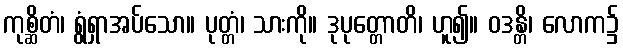
ကုစ္ဆိတံ၊ ရွံရှာအပ်သော။ ပုတ္တံ၊ သားကို။ ဒုပုတ္တောတိ၊ ဟူ၍။ ဝဒန္တိ၊ လောက၌